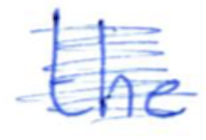
Text: the
Cross-out: scratch
Writing tool: ballpoint